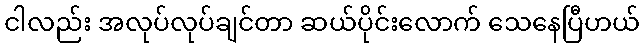
ငါလည်း အလုပ်လုပ်ချင်တာ ဆယ်ပိုင်းလောက် သေနေပြီဟယ်